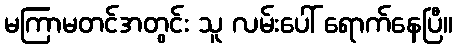
မကြာမတင်အတွင်း သူ လမ်းပေါ် ရောက်နေပြီ။